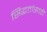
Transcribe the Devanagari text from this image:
सिद्धतांसाठी